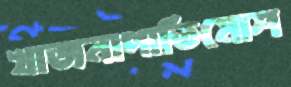
খাজনাপাতিমোশ